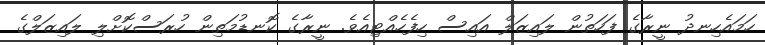
ހަމައެހިނދު ނީރާގެ ފަހަތުން ލައިޒަލް އައިސް ހިފެހެއްޓިއެވެ. ނީރާގެ ކޮނޑުމަތިން ހުރަސްކޮށްލި ލައިޒަލްގެ